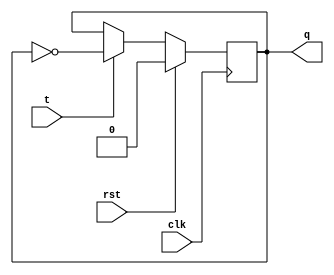
`timescale 1ns / 1ps
//////////////////////////////////////////////////////////////////////////////////
// Company: 
// Engineer: 
// 
// Design Name: 
// Module Name: tflipflop
// Project Name: 
// Target Devices: 
// Tool Versions: 
// Description: 
// 
// Dependencies: 
// 
// Revision:
// Revision 0.01 - File Created
// Additional Comments:
// 
//////////////////////////////////////////////////////////////////////////////////


module tflipflop(clk,rst,t,q);
input clk,rst,t;
output q;
reg q;
always@(posedge clk)
begin
if(rst==1)
q=0;
else
if(t==0)
q=q;
else
q=~q;
end
endmodule